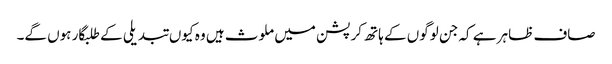
صاف ظاہر ہے کہ جن لوگوں کے ہاتھ کرپشن میں ملوث ہیں وہ کیوں تبدیلی کے طلبگار ہوں گے۔